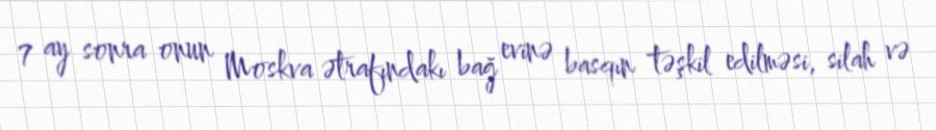
7 ay sonra onun Moskva ətrafındakı bağ evinə basqın təşkil edilməsi, silah və